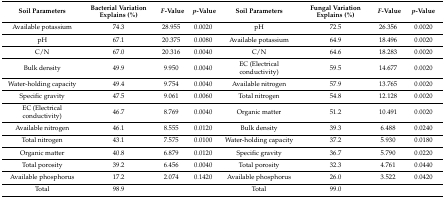
<table><thead><tr><td><b>Soil Parameters</b></td><td><b>Bacterial Variation Explains (%)</b></td><td><b><i>F</i>-Value</b></td><td><b><i>p</i>-Value</b></td><td><b>Soil Parameters</b></td><td><b>Fungal Variation Explains (%)</b></td><td><b><i>F</i>-Value</b></td><td><b><i>p</i>-Value</b></td></tr></thead><tbody><tr><td>Available potassium</td><td>74.3</td><td>28.955</td><td>0.0020</td><td>pH</td><td>72.5</td><td>26.356</td><td>0.0020</td></tr><tr><td>pH</td><td>67.1</td><td>20.375</td><td>0.0080</td><td>Available potassium</td><td>64.9</td><td>18.496</td><td>0.0020</td></tr><tr><td>C/N</td><td>67.0</td><td>20.316</td><td>0.0040</td><td>C/N</td><td>64.6</td><td>18.283</td><td>0.0020</td></tr><tr><td>Bulk density</td><td>49.9</td><td>9.950</td><td>0.0040</td><td>EC (Electrical conductivity)</td><td>59.5</td><td>14.677</td><td>0.0020</td></tr><tr><td>Water-holding capacity</td><td>49.4</td><td>9.754</td><td>0.0040</td><td>Available nitrogen</td><td>57.9</td><td>13.765</td><td>0.0020</td></tr><tr><td>Specific gravity</td><td>47.5</td><td>9.061</td><td>0.0060</td><td>Total nitrogen</td><td>54.8</td><td>12.128</td><td>0.0020</td></tr><tr><td>EC (Electrical conductivity)</td><td>46.7</td><td>8.769</td><td>0.0040</td><td>Organic matter</td><td>51.2</td><td>10.491</td><td>0.0020</td></tr><tr><td>Available nitrogen</td><td>46.1</td><td>8.555</td><td>0.0120</td><td>Bulk density</td><td>39.3</td><td>6.488</td><td>0.0240</td></tr><tr><td>Total nitrogen</td><td>43.1</td><td>7.575</td><td>0.0100</td><td>Water-holding capacity</td><td>37.2</td><td>5.930</td><td>0.0180</td></tr><tr><td>Organic matter</td><td>40.8</td><td>6.879</td><td>0.0120</td><td>Specific gravity</td><td>36.7</td><td>5.790</td><td>0.0220</td></tr><tr><td>Total porosity</td><td>39.2</td><td>6.456</td><td>0.0040</td><td>Total porosity</td><td>32.3</td><td>4.761</td><td>0.0440</td></tr><tr><td>Available phosphorus</td><td>17.2</td><td>2.074</td><td>0.1420</td><td>Available phosphorus</td><td>26.0</td><td>3.522</td><td>0.0420</td></tr><tr><td>Total</td><td>98.9</td><td></td><td></td><td>Total</td><td>99.0</td><td></td><td></td></tr></tbody></table>